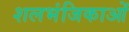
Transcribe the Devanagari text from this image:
शलभंजिकाओं